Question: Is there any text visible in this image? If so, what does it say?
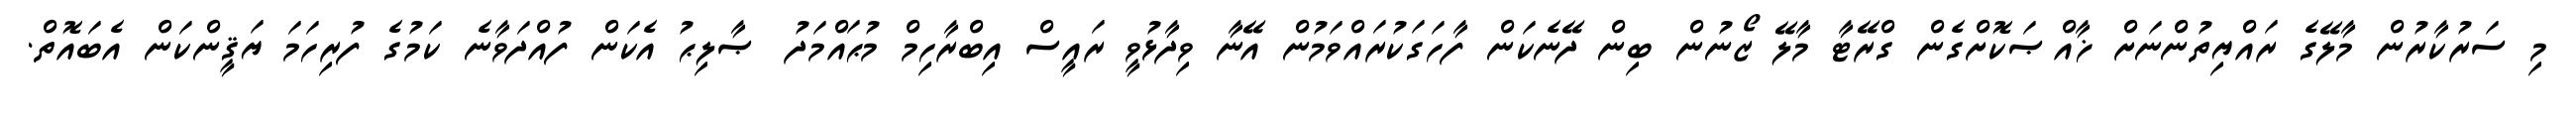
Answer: މި ސަރުކާރުން މާލޭގެ ރައްޔިތުންނަށް ޚާއްޞަކޮށްގެން ގްރޭޓާ މާލޭ ޒޯނުން ބިން ދޭނެކަން ފާހަގަކުރައްވަމުން އޭނާ ވިދާޅުވީ ރައީސް އިބްރާހިމް މުޙައްމަދު ޞާލިޙު އެކަން ފުއްދަވާނެ ކަމުގެ ފުރިހަމަ ޔަޤީންކަން އެބައޮތް.